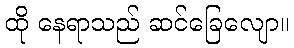
ထို နေရာသည် ဆင်ခြေလျော။